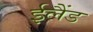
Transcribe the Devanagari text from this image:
ईलैंड